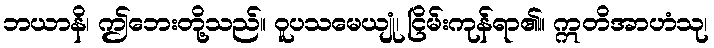
ဘယာနိ၊ ဤဘေးတို့သည်။ ဝူပသမေယျုံ၊ ငြိမ်းကုန်ရာ၏။ ဣတိအာဟံသု၊